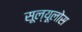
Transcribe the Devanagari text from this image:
सूल्यूलोस